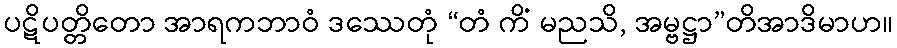
ပဋိပတ္တိတော အာရကဘာဝံ ဒဿေတုံ “တံ ကိံ မညသိ, အမ္ဗဋ္ဌာ”တိအာဒိမာဟ။